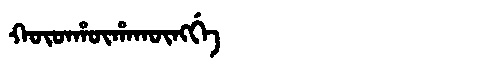
Manchu: ᡴᡡᡨᡥᡡᡥᠠᡴᡡᠩᡤᡝ
Romanization: KŪTHŪHAKŪNGGE